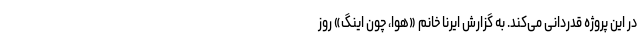
در این پروژه قدردانی می‌کند. به گزارش ایرنا خانم «هوا، چون اینگ» روز